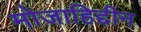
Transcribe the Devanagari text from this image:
मोजाहिद्दीन